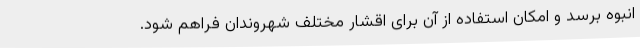
انبوه برسد و امکان استفاده از آن برای اقشار مختلف شهروندان فراهم شود.